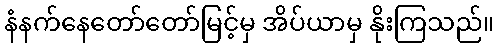
နံနက်နေတော်တော်မြင့်မှ အိပ်ယာမှ နိုးကြသည်။